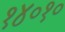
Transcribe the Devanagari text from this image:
१४०१०